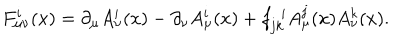
F _ { \mu \nu } ^ { i } ( x ) = \partial _ { \mu } A _ { \nu } ^ { i } ( x ) - \partial _ { \nu } A _ { \mu } ^ { i } ( x ) + f _ { j k } ^ { \, \, \, i } A _ { \mu } ^ { j } ( x ) A _ { \nu } ^ { k } ( x ) .